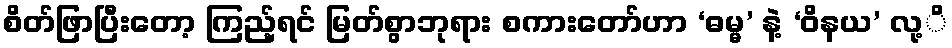
စိတ်ဖြာပြီးတော့ ကြည့်ရင် မြတ်စွာဘုရား စကားတော်ဟာ ‘ဓမ္မ’ နဲ့ ‘ဝိနယ’ လု့ိ